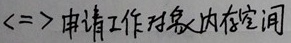
<=>申请工作对象(内存空间)